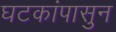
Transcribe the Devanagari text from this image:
घटकांपासुन